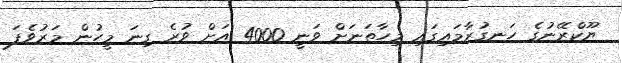
ޔޫކްރޭނުގެ ހަނގުރާމައިގައި މިހާތަނަށް ވަނީ 4000 އަށް ވުރެ ގިނަ މީހުން މަރުވެފަ